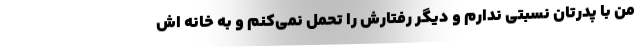
من با پدرتان نسبتی ندارم و دیگر رفتارش را تحمل نمی‌کنم و به خانه اش